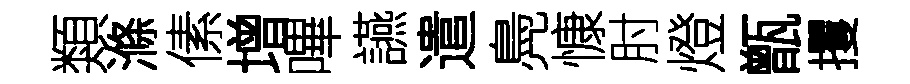
類滌傃增嗶讌遣鳧慷肘燈甑攫